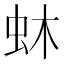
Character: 蚞